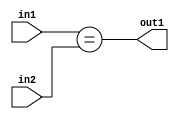
`timescale 1ps / 1ps
/*****************************************************************************
    Verilog RTL Description
    
    
    Created by: Stratus DpOpt 21.05.01 
*******************************************************************************/

module SobelFilter_Equal_4Ux3U_1U_4 (
	in2,
	in1,
	out1
	); /* architecture "behavioural" */ 
input [3:0] in2;
input [2:0] in1;
output  out1;
wire  asc001;

assign asc001 = (in1==in2);

assign out1 = asc001;
endmodule

/* CADENCE  urn5Qg0= : u9/ySxbfrwZIxEzHVQQV8Q== ** DO NOT EDIT THIS LINE ******/